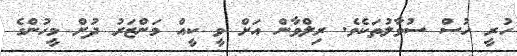
ހުރީ ހުސް ސުވާލުތަކެވެ. ރިލްވާން އަށް ވީ ކީއް މަންޒަރު ދުށް މީހުންގެ